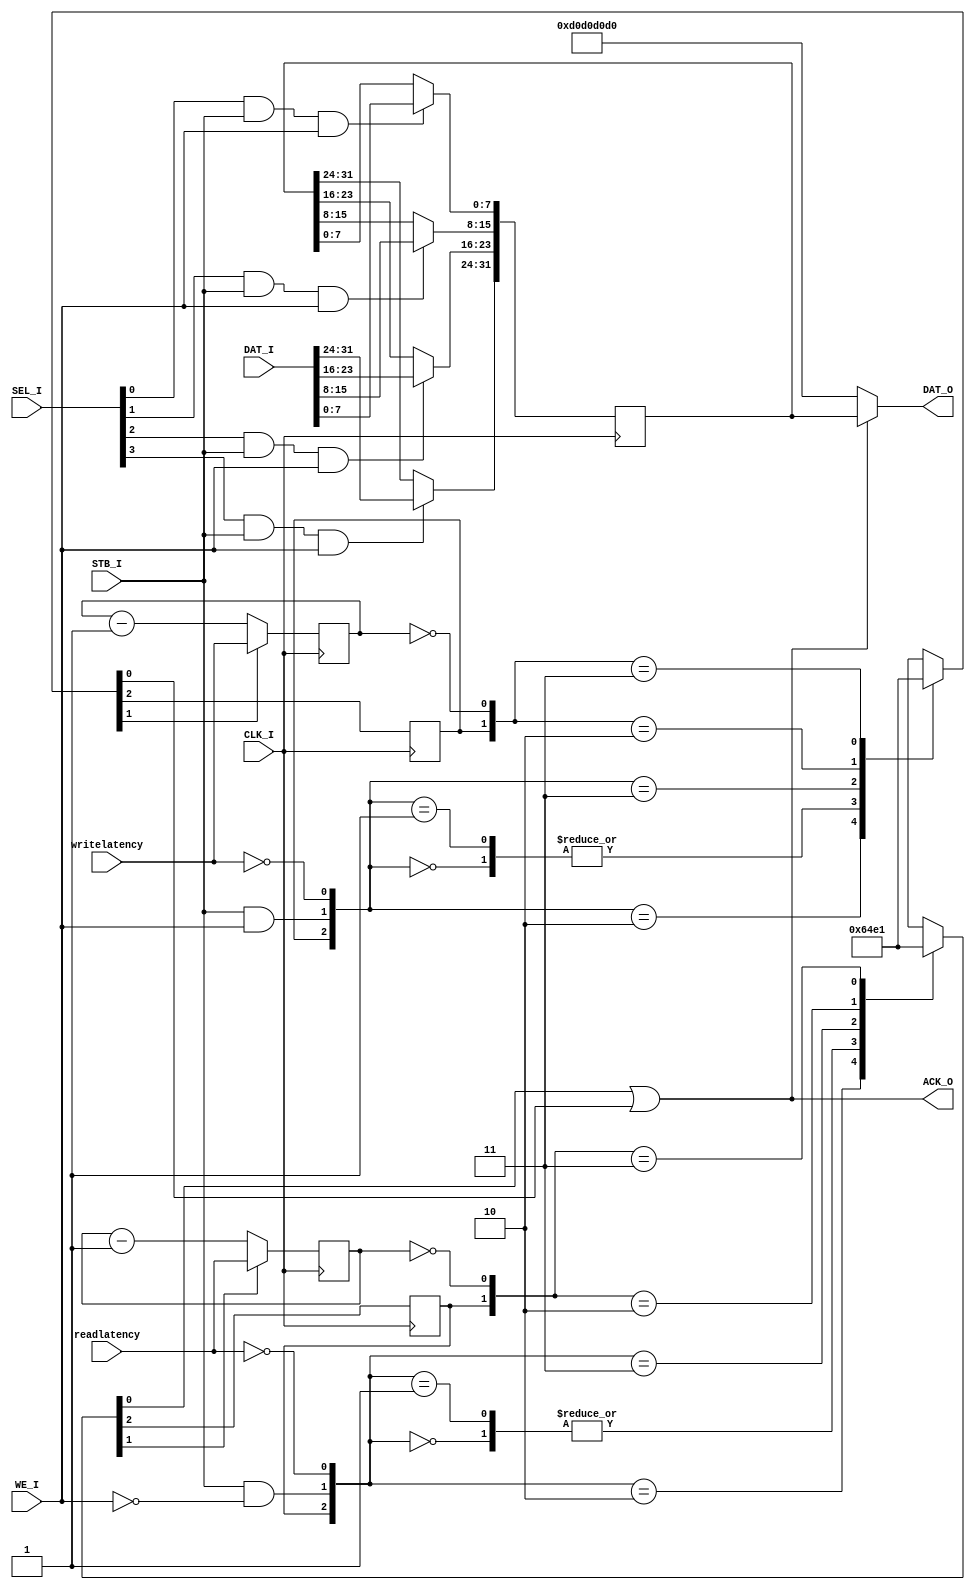
module m_dyn_wishbonereg
  # ( parameter INITVAL = 32'hdeadbabe,
      parameter CHECK_RULE_3_55 = 0
      )
   (
    input         CLK_I,
    input [31:0]  DAT_I,
    input         STB_I,
    input         WE_I,
    input [3:0]   SEL_I,
    input [5:0]   writelatency,
    input [5:0]   readlatency,
    output [31:0] DAT_O,
    output        ACK_O
    );
   
   wire [3:0]     ce;
   reg [31:0]     r;
/* verilator lint_off UNUSED */
   wire           readack,writeack;
/* verilator lint_on UNUSED */
   
   initial begin
      r = INITVAL;
   end
   
   assign ce[0] = SEL_I[0] & STB_I & WE_I;
   assign ce[1] = SEL_I[1] & STB_I & WE_I;
   assign ce[2] = SEL_I[2] & STB_I & WE_I;
   assign ce[3] = SEL_I[3] & STB_I & WE_I;
   
   always @(posedge CLK_I) begin
      if ( ce[0] ) r[ 7: 0] <= DAT_I[ 7: 0];
      if ( ce[1] ) r[15: 8] <= DAT_I[15: 8];
      if ( ce[2] ) r[23:16] <= DAT_I[23:16];
      if ( ce[3] ) r[31:24] <= DAT_I[31:24];
   end

   /* State machine for writeack
    *        writestrobe
    *        | WCntEq0        
    *        | | WLat0        ReloadWCnt
    * WState | | | Nextstate  | writeack
    * IDLE   0 x 0 IDLE       1 0
    *        1 x 0 WAIT       1 0
    *        0 x 1 IDLE       1 0
    *        1 x 1 IDLE       1 1
    * WAIT   x 0 x WAIT       0 0
    *        x 1 x IDLE       0 1
    */   
   reg [5:0] Wcnt;
   wire      WLat0 = writelatency == 0;
   wire      WcntEq0 = Wcnt == 0;
   wire      writestrobe = STB_I & WE_I;
   reg       wstate;
   wire      cmbwstate,ReloadWCnt;
   
   always @(/*AS*/WLat0 or WcntEq0 or writestrobe or wstate)
     casez ( {wstate,writestrobe,WcntEq0,WLat0} )
       4'b00?0 : {cmbwstate,ReloadWCnt,writeack} = 3'b010;
       4'b01?0 : {cmbwstate,ReloadWCnt,writeack} = 3'b110;
       4'b00?1 : {cmbwstate,ReloadWCnt,writeack} = 3'b010;
       4'b01?1 : {cmbwstate,ReloadWCnt,writeack} = 3'b011;
       4'b1?0? : {cmbwstate,ReloadWCnt,writeack} = 3'b100;
       4'b1?1? : {cmbwstate,ReloadWCnt,writeack} = 3'b001;
     endcase

   always @(posedge CLK_I) 
     wstate <= cmbwstate;

   always @(posedge CLK_I) 
     if ( ReloadWCnt )
       Wcnt <= writelatency;
     else
       Wcnt <= Wcnt - 1;

   /* State machine for readack
    *        readstrobe
    *        | RCntEq0        
    *        | | RLat0        ReloadRCnt
    * RState | | | Nextstate  | readack
    * IDLE   0 x 0 IDLE       1 0
    *        1 x 0 WAIT       1 0
    *        0 x 1 IDLE       1 0
    *        1 x 1 IDLE       1 1
    * WAIT   x 0 x WAIT       0 0
    *        x 1 x IDLE       0 1
    */   
   reg [5:0] Rcnt;
   wire      RLat0 = readlatency == 0;
   wire      RcntEq0 = Rcnt == 0;
   wire      readstrobe = STB_I & ~WE_I;
   reg       rstate;
   wire      cmbrstate,ReloadRCnt;
   
   always @(/*AS*/RLat0 or RcntEq0 or readstrobe or rstate)
     casez ( {rstate,readstrobe,RcntEq0,RLat0} )
       4'b00?0 : {cmbrstate,ReloadRCnt,readack} = 3'b010;
       4'b01?0 : {cmbrstate,ReloadRCnt,readack} = 3'b110;
       4'b00?1 : {cmbrstate,ReloadRCnt,readack} = 3'b010;
       4'b01?1 : {cmbrstate,ReloadRCnt,readack} = 3'b011;
       4'b1?0? : {cmbrstate,ReloadRCnt,readack} = 3'b100;
       4'b1?1? : {cmbrstate,ReloadRCnt,readack} = 3'b001;
     endcase

   always @(posedge CLK_I) 
     rstate <= cmbrstate;

   always @(posedge CLK_I) 
     if ( ReloadRCnt )
       Rcnt <= readlatency;
     else
       Rcnt <= Rcnt - 1;

   assign ACK_O = readack | writeack;
   assign DAT_O = ACK_O ? r : 32'hd0d0d0d0;
endmodule